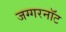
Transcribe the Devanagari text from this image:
जग्गरनॉट